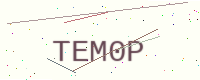
Text: TEM0P